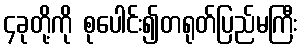
၄ခုတို့ကို စုပေါင်း၍တရုတ်ပြည်မကြီး